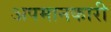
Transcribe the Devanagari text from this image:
अपमानकारी